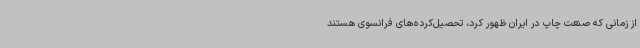
از زمانی که صنعت چاپ در ایران ظهور کرد، تحصیل‌کرده‌های فرانسوی هستند